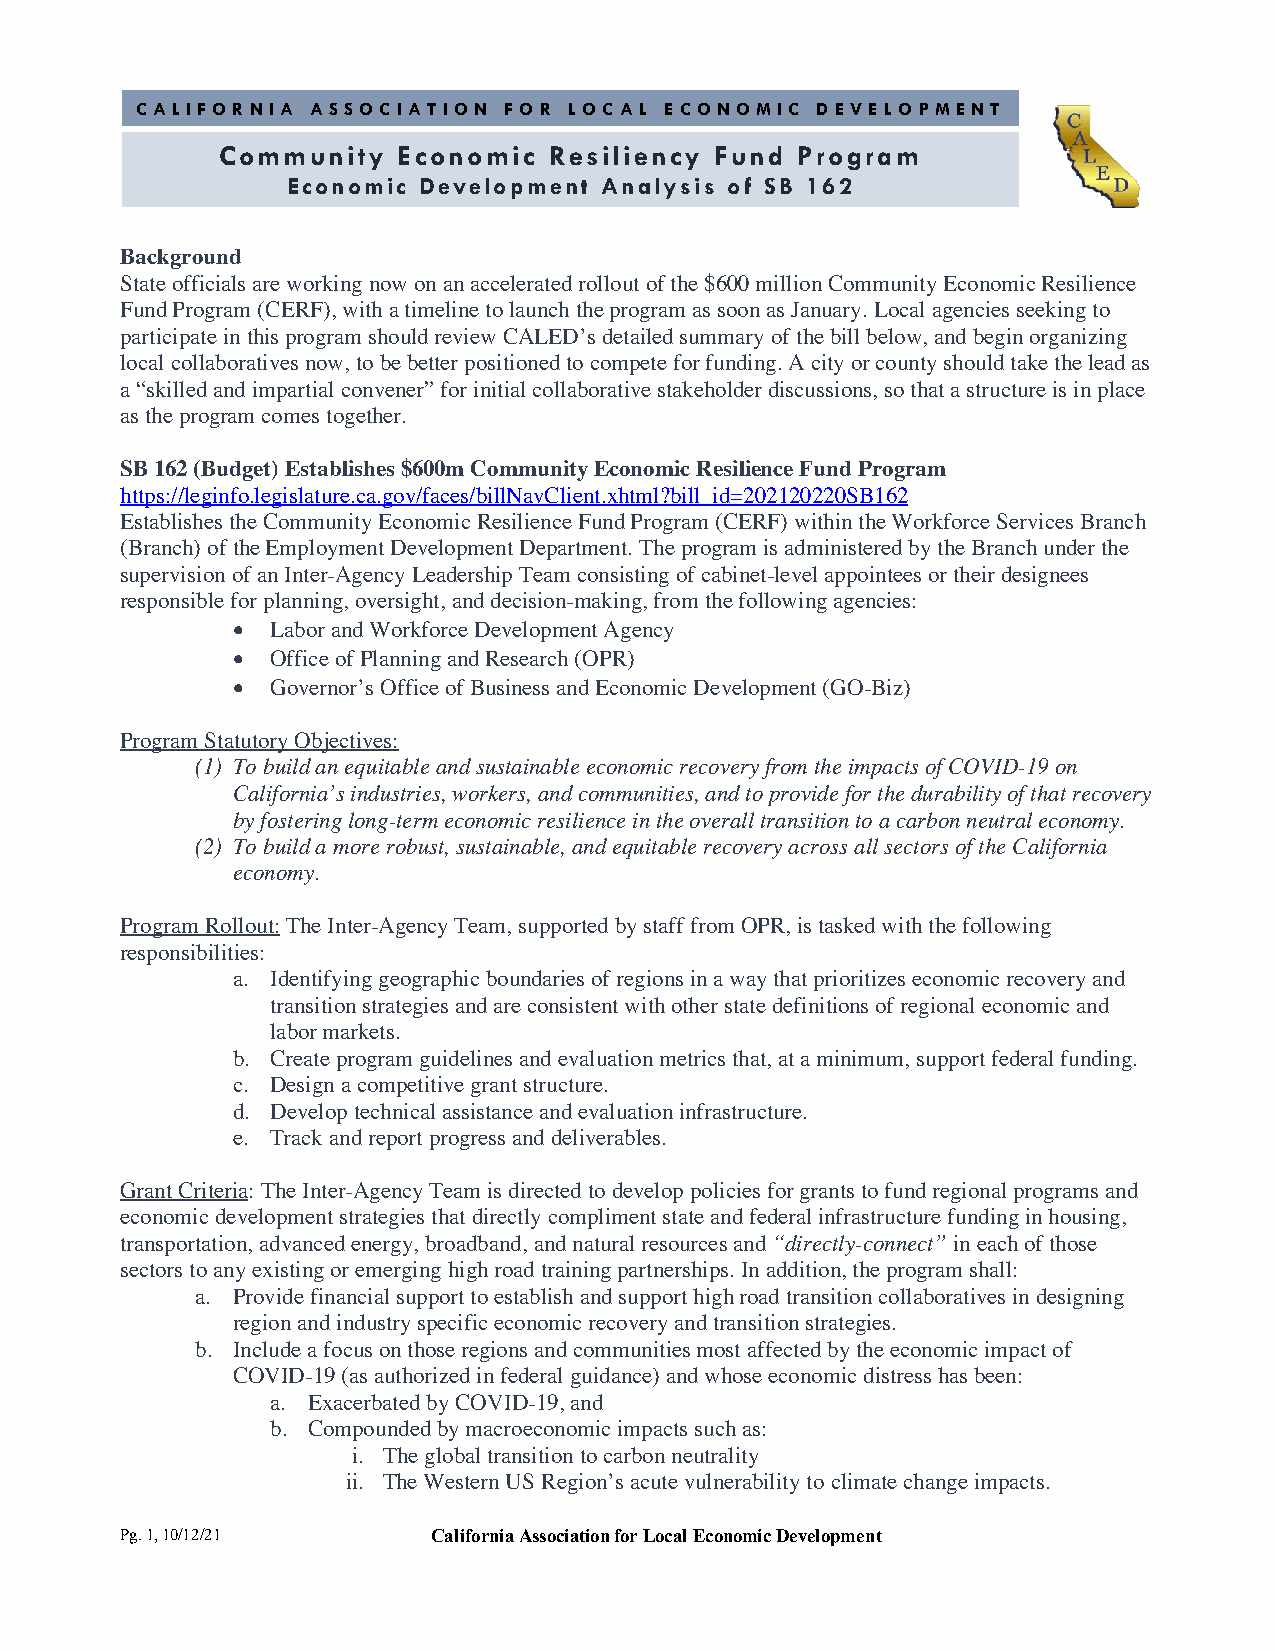
C ALI FOR NIA AS SOC IAT ION FO R LOC AL E CON OMIC D EVE LO PMEN T
 Community   Economic  Resiliency Fund  Program
 Economic Development Analysis of SB 162
 Background
 State officials are working now on an accelerated rollout of the $600 million Community Economic Resilience
 Fund Program (CERF), with a timeline to launch the program as soon as January. Local agencies seeking to
 participate in this program should review CALED’s detailed summary of the bill below, and begin organizing
 local collaboratives now, to be better positioned to compete for funding. A city or county should take the lead as
 a “skilled and impartial convener” for initial collaborative stakeholder discussions, so that a structure is in place
 as the program comes together.
 SB 162 (Budget) Establishes $600m Community Economic Resilience Fund Program
 https://leginfo.legislature.ca.gov/faces/billNavClient.xhtml?bill_id=202120220SB162
 Establishes the Community Economic Resilience Fund Program (CERF) within the Workforce Services Branch
 (Branch) of the Employment Development Department. The program is administered by the Branch under the
 supervision of an Inter-Agency Leadership Team consisting of cabinet-level appointees or their designees
 responsible for planning, oversight, and decision-making, from the following agencies:
 •  Labor and Workforce Development Agency
 •  Office of Planning and Research (OPR)
 •  Governor’s Office of Business and Economic Development (GO-Biz)
 Program Statutory Objectives:
 (1) To build an equitable and sustainable economic recovery from the impacts of COVID-19 on
 California’s industries, workers, and communities, and to provide for the durability of that recovery
 by fostering long-term economic resilience in the overall transition to a carbon neutral economy.
 (2) To build a more robust, sustainable, and equitable recovery across all sectors of the California
 economy.
 Program Rollout: The Inter-Agency Team, supported by staff from OPR, is tasked with the following
 responsibilities:
 a. Identifying geographic boundaries of regions in a way that prioritizes economic recovery and
 transition strategies and are consistent with other state definitions of regional economic and
 labor markets.
 b. Create program guidelines and evaluation metrics that, at a minimum, support federal funding.
 c. Design a competitive grant structure.
 d. Develop technical assistance and evaluation infrastructure.
 e. Track and report progress and deliverables.
 Grant Criteria: The Inter-Agency Team is directed to develop policies for grants to fund regional programs and
 economic development strategies that directly compliment state and federal infrastructure funding in housing,
 transportation, advanced energy, broadband, and natural resources and “directly-connect” in each of those
 sectors to any existing or emerging high road training partnerships. In addition, the program shall:
 a. Provide financial support to establish and support high road transition collaboratives in designing
 region and industry specific economic recovery and transition strategies.
 b. Include a focus on those regions and communities most affected by the economic impact of
 COVID-19 (as authorized in federal guidance) and whose economic distress has been:
 a. Exacerbated by COVID-19, and
 b. Compounded by macroeconomic impacts such as:
 i. The global transition to carbon neutrality
 ii. The Western US Region’s acute vulnerability to climate change impacts.
 Pg. 1, 10/12/21      California Association for Local Economic Development